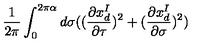
\frac { 1 } { 2 \pi } \int _ { 0 } ^ { 2 \pi \alpha } d \sigma ( ( \frac { \partial x _ { d } ^ { I } } { \partial \tau } ) ^ { 2 } + ( \frac { \partial x _ { d } ^ { I } } { \partial \sigma } ) ^ { 2 } )